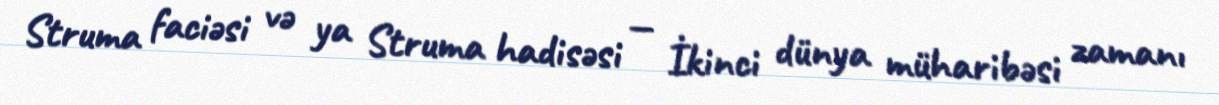
Struma faciəsi və ya Struma hadisəsi — İkinci dünya müharibəsi zamanı